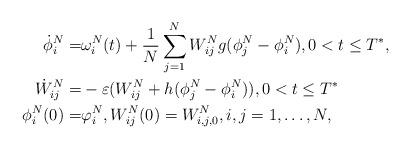
LaTeX: \begin{align*} \dot{\phi}^N_i=&\omega_i^N(t)+\frac{1}{N}\sum_{j=1}^NW^N_{ij}g(\phi^N_j-\phi^N_i),0<t\le T^*,\\\dot{W}^N_{ij}=&-\varepsilon(W^N_{ij}+h(\phi_j^N-\phi^N_i)),0<t\le T^*\\\phi^N_i(0)=&\varphi^N_{i},W^N_{ij}(0)=W^N_{i,j,0},i,j=1,\ldots,N,\end{align*}